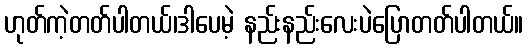
ဟုတ်ကဲ့တတ်ပါတယ်၊ဒါပေမဲ့ နည်းနည်းလေးပဲပြောတတ်ပါတယ်။